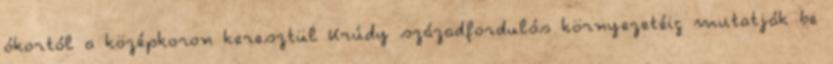
ókortól a középkoron keresztül Krúdy századfordulós környezetéig mutatják be